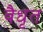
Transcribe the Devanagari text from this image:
वैधृत